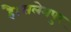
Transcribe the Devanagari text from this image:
है।सलेमपुर